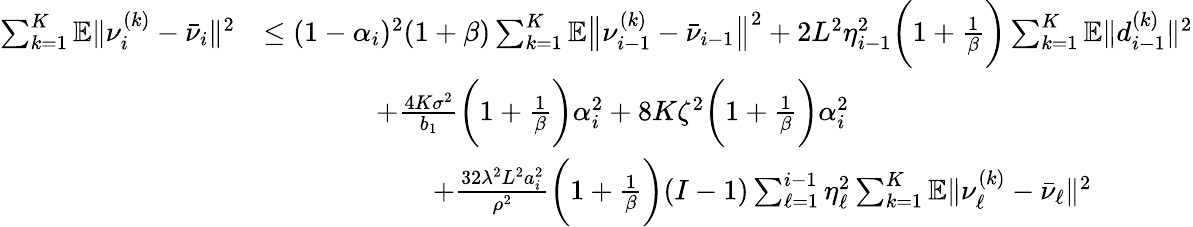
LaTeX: \begin{array}{rl}{\sum_{k=1}^{K}\mathbb{E}\| \nu_{i}^{(k)}-\bar{\nu}_{i}\| ^{2}}&{\leq(1-\alpha_{i})^{2}(1+\beta)\sum_{k=1}^{K}\mathbb{E}\big\| \nu_{i-1}^{(k)}-\bar{\nu}_{i-1}\big\| ^{2}+2L^{2}\eta_{i-1}^{2}\bigg(1+\frac{1}{\beta}\bigg)\sum_{k=1}^{K}\mathbb{E}\| d_{i-1}^{(k)}\| ^{2}}\\ &{\qquad\qquad+\frac{4K\sigma^{2}}{b_{1}}\bigg(1+\frac{1}{\beta}\bigg)\alpha_{i}^{2}+8K\zeta^{2}\bigg(1+\frac{1}{\beta}\bigg)\alpha_{i}^{2}}\\ &{\qquad\qquad\qquad+\frac{32\lambda^{2}L^{2}a_{i}^{2}}{\rho^{2}}\bigg(1+\frac{1}{\beta}\bigg){(I-1)}\sum_{\ell=1}^{i-1}\eta_{\ell}^{2}\sum_{k=1}^{K}\mathbb{E}\| \nu_{\ell}^{(k)}-\bar{\nu}_{\ell}\| ^{2}}\end{array}